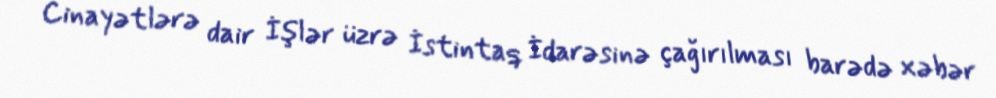
Cinayətlərə dair İşlər üzrə İstintaq İdarəsinə çağırılması barədə xəbər